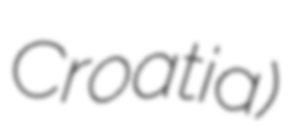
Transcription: Croatia)